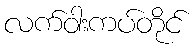
လက်ဝါးကပ်တိုင်